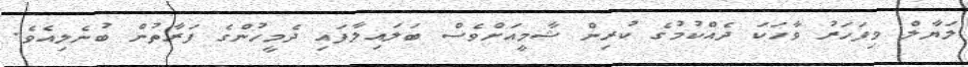
ލަޔާލް މިފަހަރު ވާހަކަ ދެއްކުމުގެ ކުރިން ޝާމީއަށްވެސް ބަލައިލާފައި ދެމީހުންގެ ފަރާތުން ބުނެލިއެވެ.